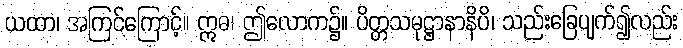
ယထာ၊ အကြင်ကြောင့်။ ဣဓ၊ ဤလောက၌။ ပိတ္တသမုဋ္ဌာနာနိပိ၊ သည်းခြေပျက်၍လည်း